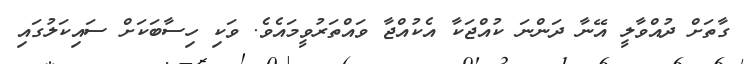
ގާތަށް ދުއްވާލީ އޭނާ ދަންނަ ކުއްޖަކާ އެކުއްޖާ ވައްތަރުވީމައެވެ. ވަކި ހިސާބަކަށް ސައިކަލުގައި